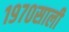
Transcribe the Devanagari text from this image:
१९७०साली